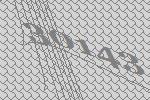
30143